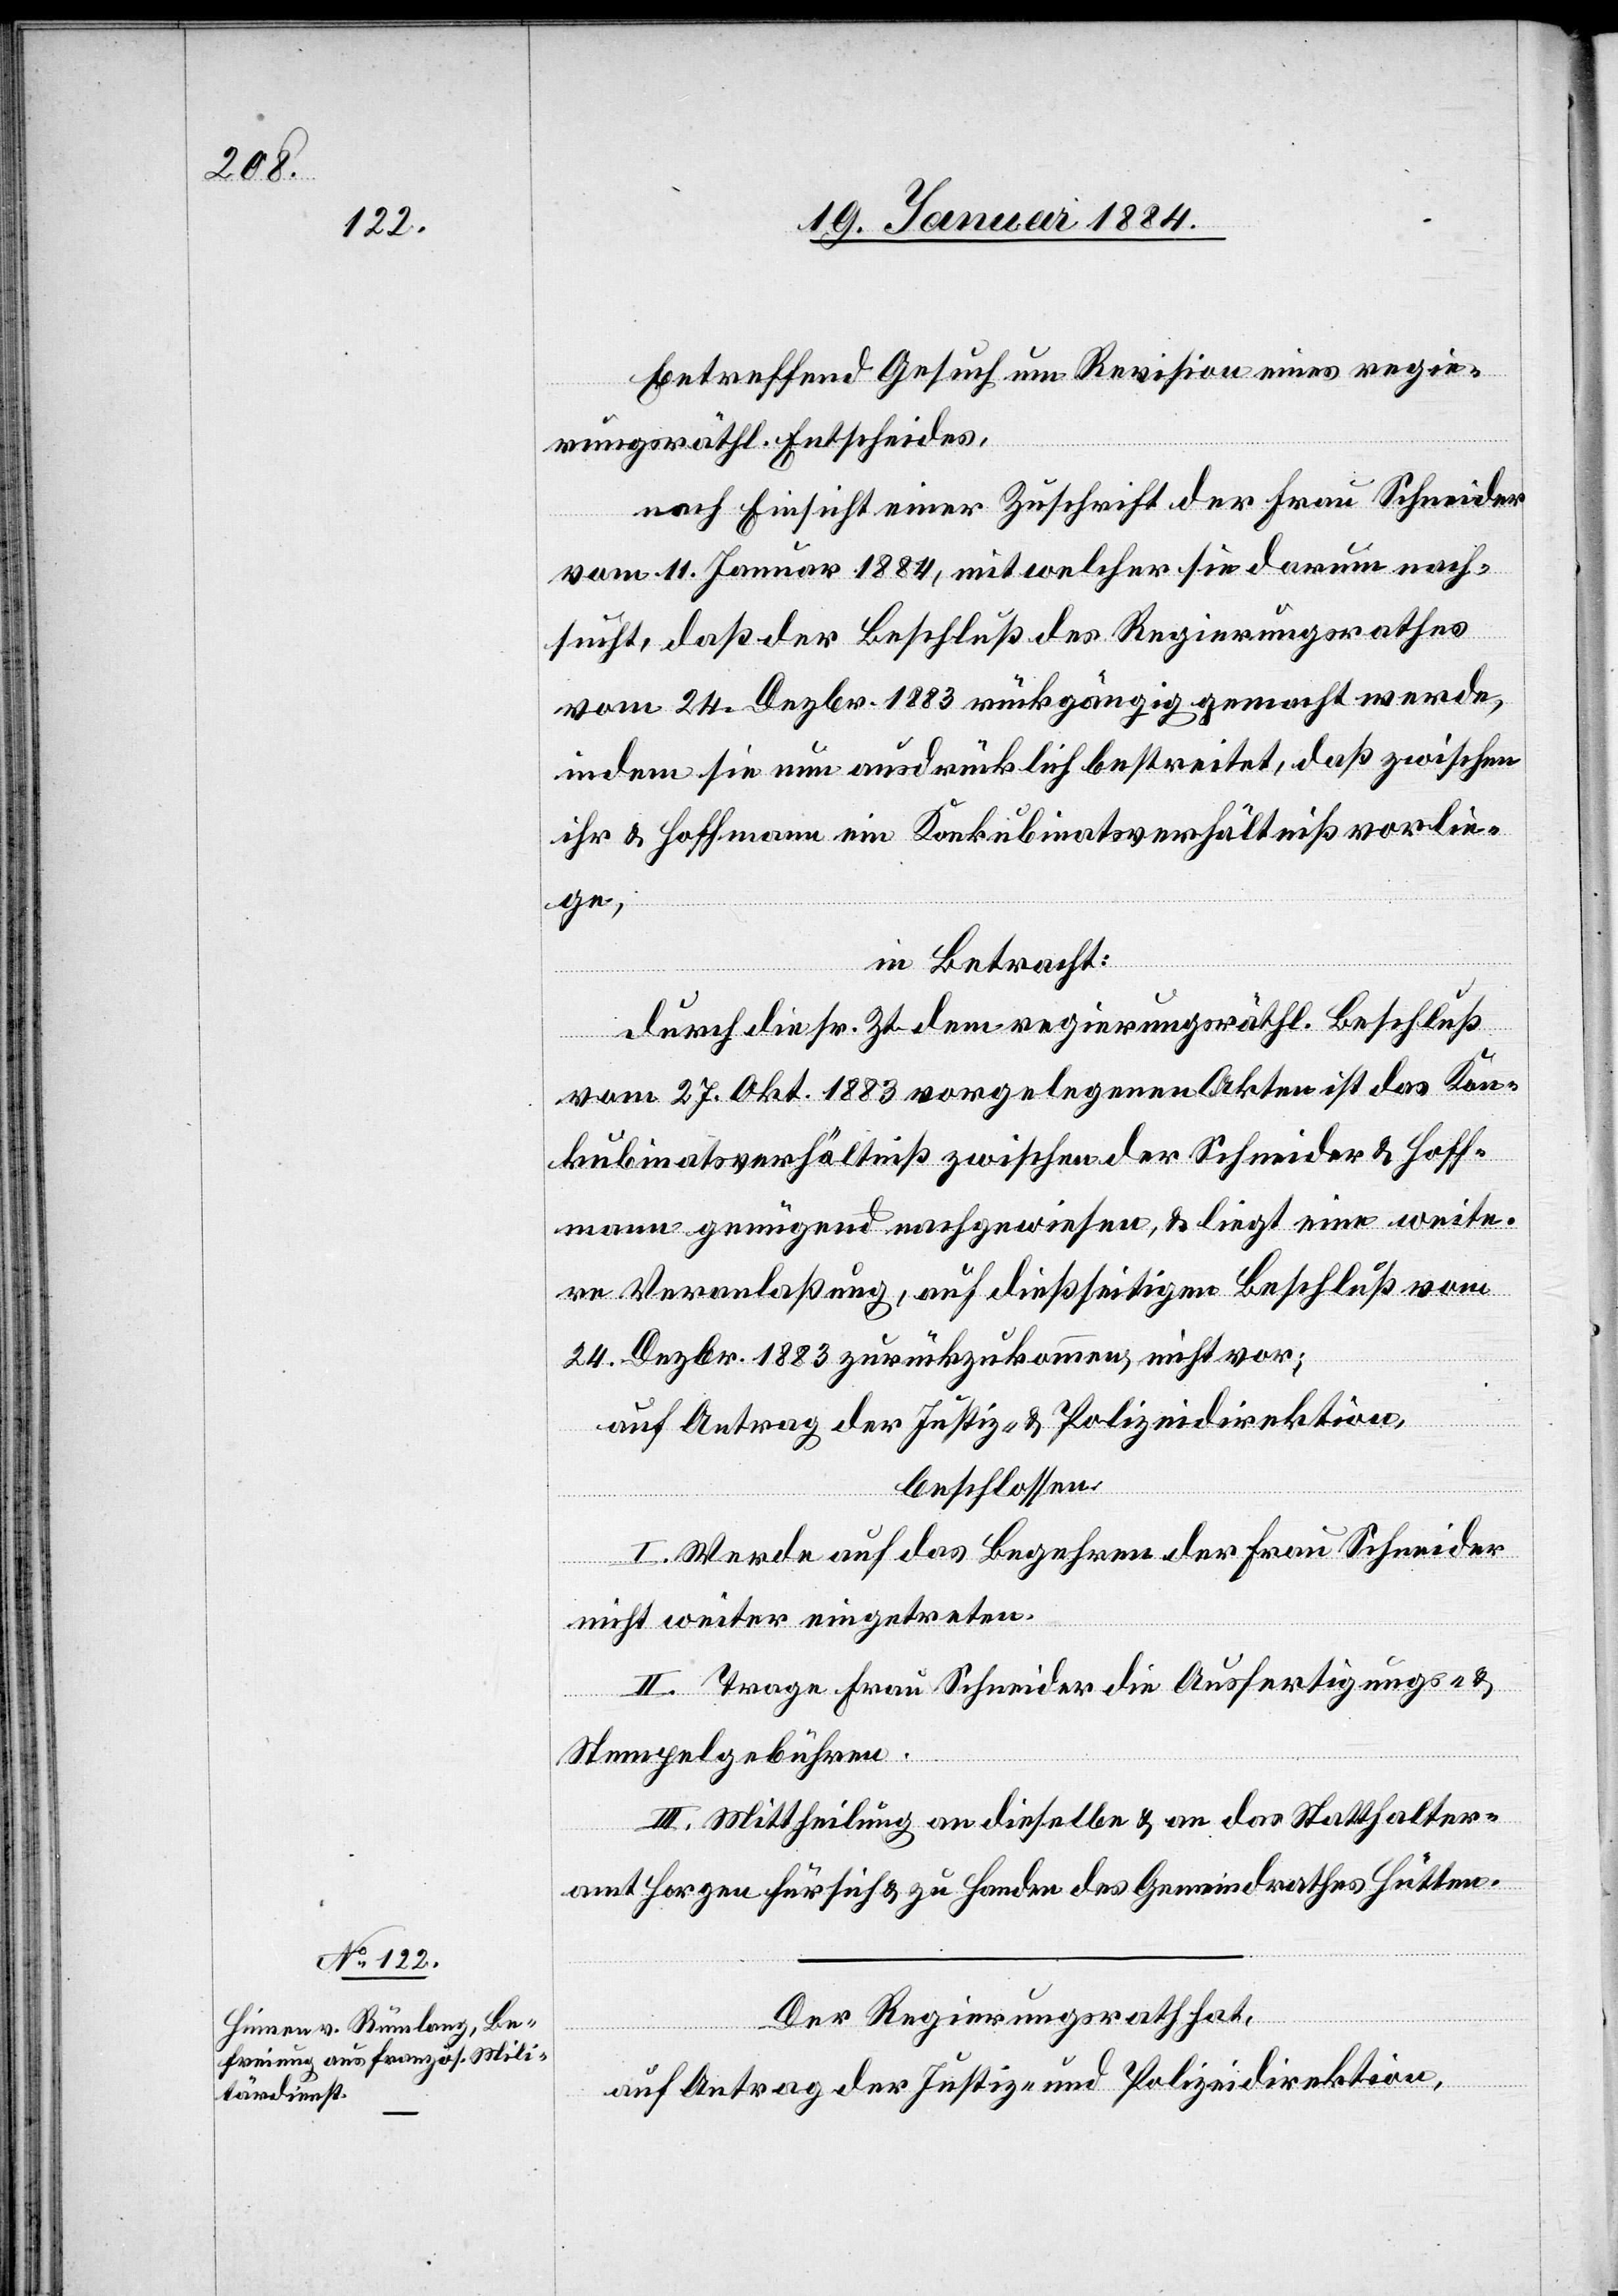
betreffend Gesuch um Revision eines regie¬
rungsräthl. Entscheides,
nach Einsicht einer Zuschrift der Frau Schneider
vom 11. Januar 1884, mit welcher sie darum nach¬
sucht, daß der Beschluß des Regierungsrathes
vom 24. Dezbr. 1883 rückgängig gemacht werde,
indem sie um ausdrücklich bestreitet, daß zwischen
ihr & Hoffmann ein Konkubinatsverhältniß vorlie¬
ge,
in Betracht:
Durch die sr. Zt. dem regierungsräthl. Beschluß
vom 27. Okt. 1883 vorgelegten Akten ist das Kon¬
kubinatsverhältniß zwischen der Schneider & Hoff¬
mann genügend nachgewiesen, & es liegt eine weite¬
re Veranlaßung, auf diesseitigen Beschluß vom
24. Dezbr. 1883 zurückzukommen, nicht vor;
auf Antrag der Justiz- & Polizeidirektion,
beschlossen:
I. Werde auf das Begehren der Frau Schneider
nicht weiter eingetreten.
II. Trage Frau Schneider die Ausfertigungs- &
Stempelgebühren.
III. Mittheilung an dieselbe & an das Statthalter¬
amt Horgen für sich & zu Handen des Gemeindrathes Hütten.
Der Regierungsrath,
Auf Antrag der Justiz- und Polizeidirektion,